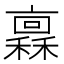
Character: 𱶨